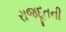
રાજદૂતની